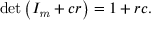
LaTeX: \operatorname* { d e t } \left( I _ { \mathit { m } } + c r \right) = 1 + r c .